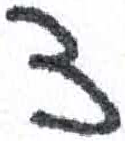
אות: צ